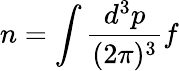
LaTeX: n=\int\frac{d^{3}p}{(2\pi)^{3}}f